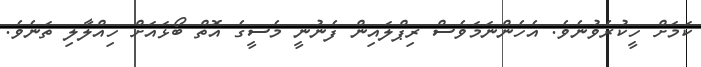
ކަމަށް ހީކުރެވުނެވެ. އެހެންނަމަވެސް ރިޕްލައިން ފެނުނީ މެސީގެ އޮތް ބޯޅައަށް ހިއްލާލި ތަނެވެ.